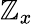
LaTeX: \mathbb{Z}_{x}